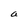
Character: a